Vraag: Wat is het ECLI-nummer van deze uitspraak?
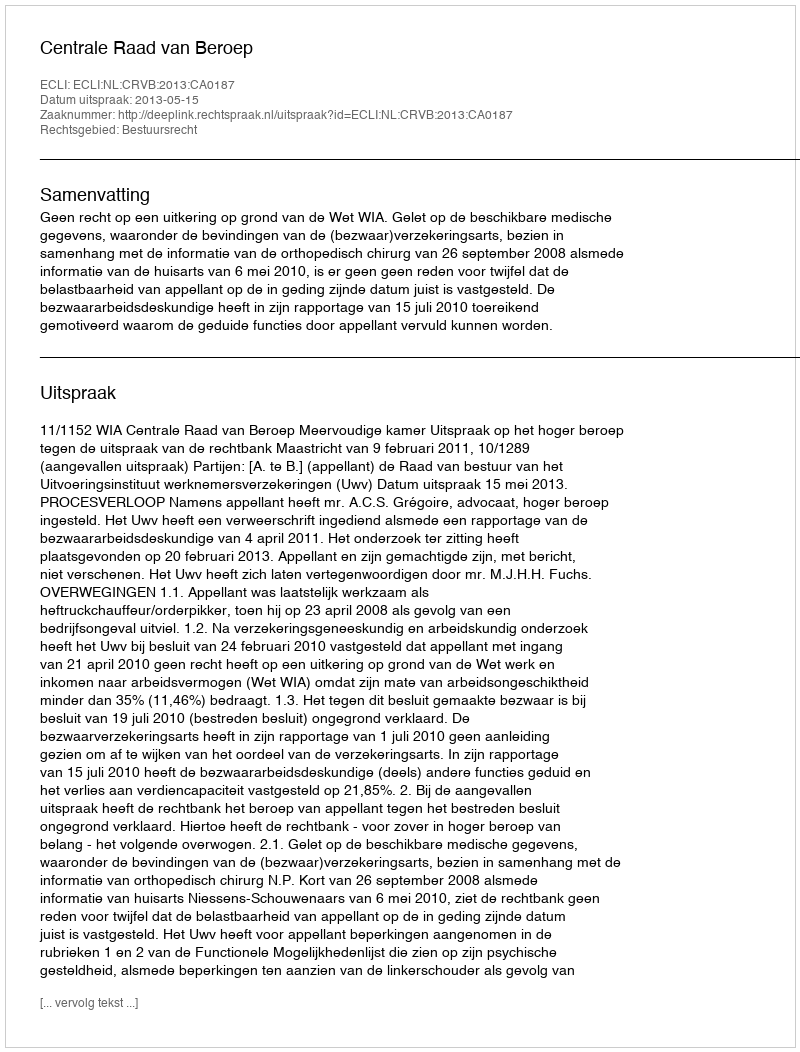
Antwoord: ECLI:NL:CRVB:2013:CA0187